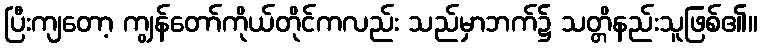
ပြီးကျတော့ ကျွန်တော်ကိုယ်တိုင်ကလည်း သည်မှာဘက်၌ သတ္တိနည်းသူဖြစ်၏။